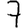
Digit: 7